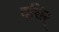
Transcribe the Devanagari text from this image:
दृशिर्